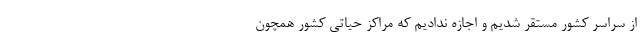
از سراسر کشور مستقر شدیم و اجازه ندادیم که مراکز حیاتی کشور همچون